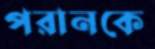
পরানকে